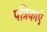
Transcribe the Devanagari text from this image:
पत्रिकाएं